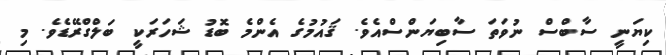
ކިޔަނީ ސާބްސް ނުވަތަ ސާބިޔަންސްއެވެ. ޤައުމުގެ އެންމެ ބޮޑު ޝަހަރަކީ ބަލްގްރޭޑެވެ. މި